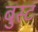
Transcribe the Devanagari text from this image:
बुस्ट